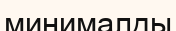
минималды